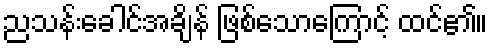
ညသန်းခေါင်အချိန် ဖြစ်သောကြောင့် ထင်၏။